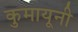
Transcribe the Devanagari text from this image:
कुमायूनी